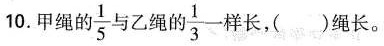
10.甲绳的\frac{1}{5}与乙绳的\frac{1}{3}一样长，（ ）绳长。